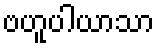
ဗဟူပါယာသာ